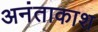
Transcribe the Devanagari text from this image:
अनंताकाश